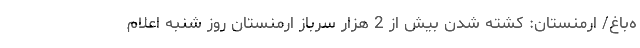
ه‌باغ/ ارمنستان: کشته شدن بیش از 2 هزار سرباز ارمنستان روز شنبه اعلام